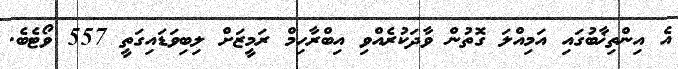
އެ އިންތިޚާބުގައި އަމިއްލަ ގޮތުން ވާދަކުރެއްވި އިބްރާހިމް ރަމީޒަށް ލިބިވަޑައިގަތީ 557 ވޯޓެބެ.